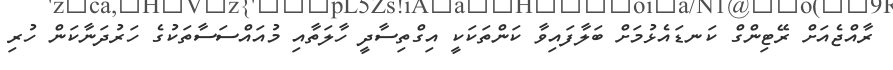
ރާއްޖެއަށް ރޭޓިންގް ކަނޑައެޅުމަށް ބަލާފައިވާ ކަންތަކަކީ އިގްތިސާދީ ހާލަތާއި މުއައްސަސާތަކުގެ ހަރުދަނާކަން ހުރި